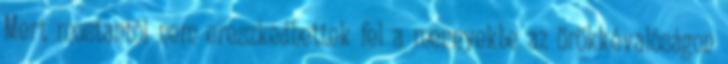
Mert mostantól nem ereszkedhettek fel a mennyekbe az örökkévalóságon